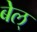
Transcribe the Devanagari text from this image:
बेल्